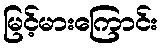
မြင့်မားကြောင်း